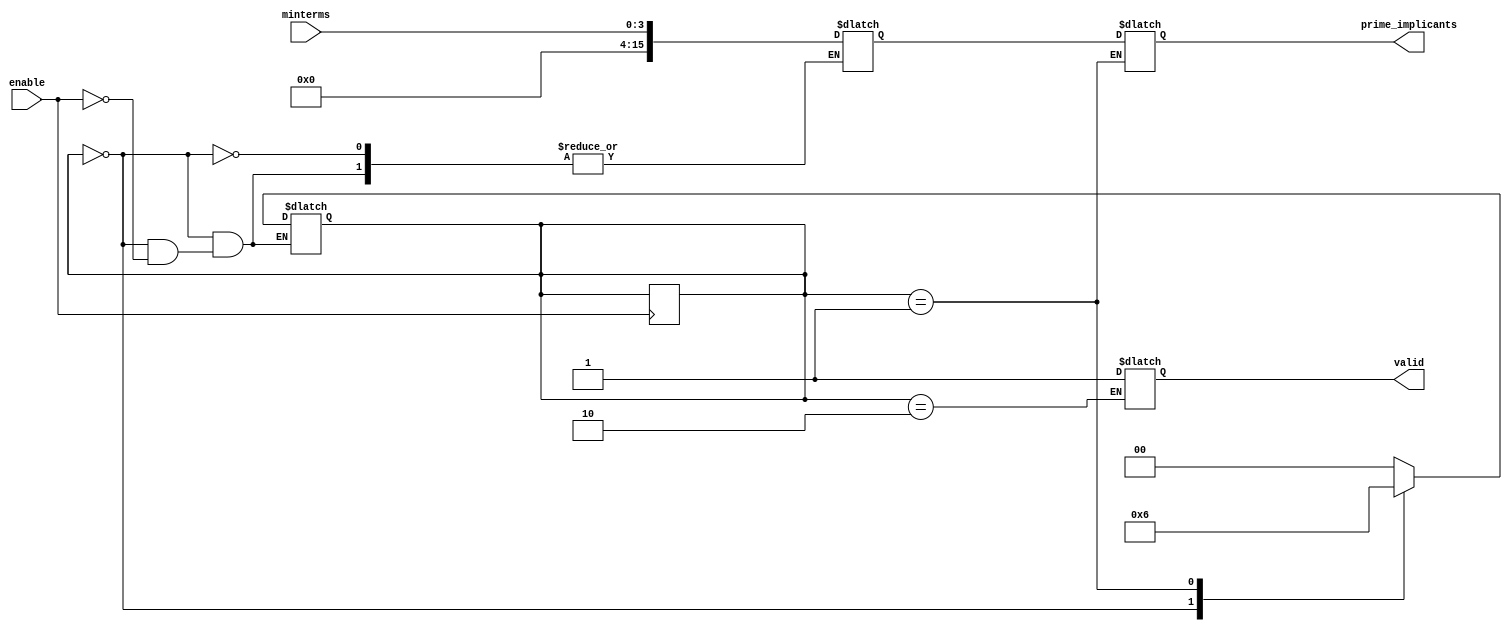
module prime_implicant_generator (
    input wire [3:0] minterms,          // Example input for 4-variable function
    input wire enable,                  // Enable signal
    output reg [15:0] prime_implicants, // Output for prime implicant list
    output reg valid                    // Valid output signal
);

reg [15:0] current_minterms;
reg [3:0] i; // Loop index

// State Definition
parameter IDLE = 2'b00, PROCESS = 2'b01, OUTPUT = 2'b10;
reg [1:0] state;

// Initialize the prime implicants and valid output signal.
initial begin
    prime_implicants = 16'b0;
    valid = 0;
    state = IDLE;
end

// Combinational logic to identify prime implicants
always @(*) begin
    case (state)
        IDLE: begin
            if (enable) begin
                current_minterms = minterms; // Capture input minterms
                state = PROCESS;
            end
        end
        
        PROCESS: begin
            // Simplified minterm processing
            // Here you can implement your own logic for identifying prime implicants.
            // This placeholder just copies minterms as an example.
            prime_implicants = current_minterms; // This would be replaced by your prime implicant generation algorithm
            state = OUTPUT;
        end
        
        OUTPUT: begin
            valid = 1; // Set valid signal to indicate output is ready
            state = IDLE; // Reset state to IDLE, ready for next operation
        end
        
        default: state = IDLE; // Safety state
    endcase
end

// Update the state on a clock edge
always @(posedge enable) begin
    state <= state; // Transition through states on enable edge
end

endmodule